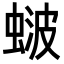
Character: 𬠚